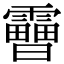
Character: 𩆗